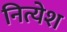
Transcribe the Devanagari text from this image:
नित्येश